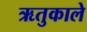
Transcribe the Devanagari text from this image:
ऋतुकाले